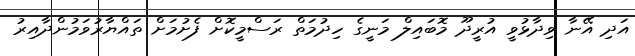
އަދި އޭނާ ވިދާޅުވީ އުރީދޫ މޮބައިލް މަނީގެ ހިދުމަތް ރަސްމީކޮށް ފެށުމަށް ތައްޔާރުވަމުންދާއިރު